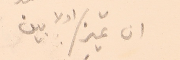
ان تميز / اولا بين :